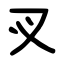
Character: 㕚